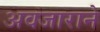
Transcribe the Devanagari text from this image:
अवजाराने